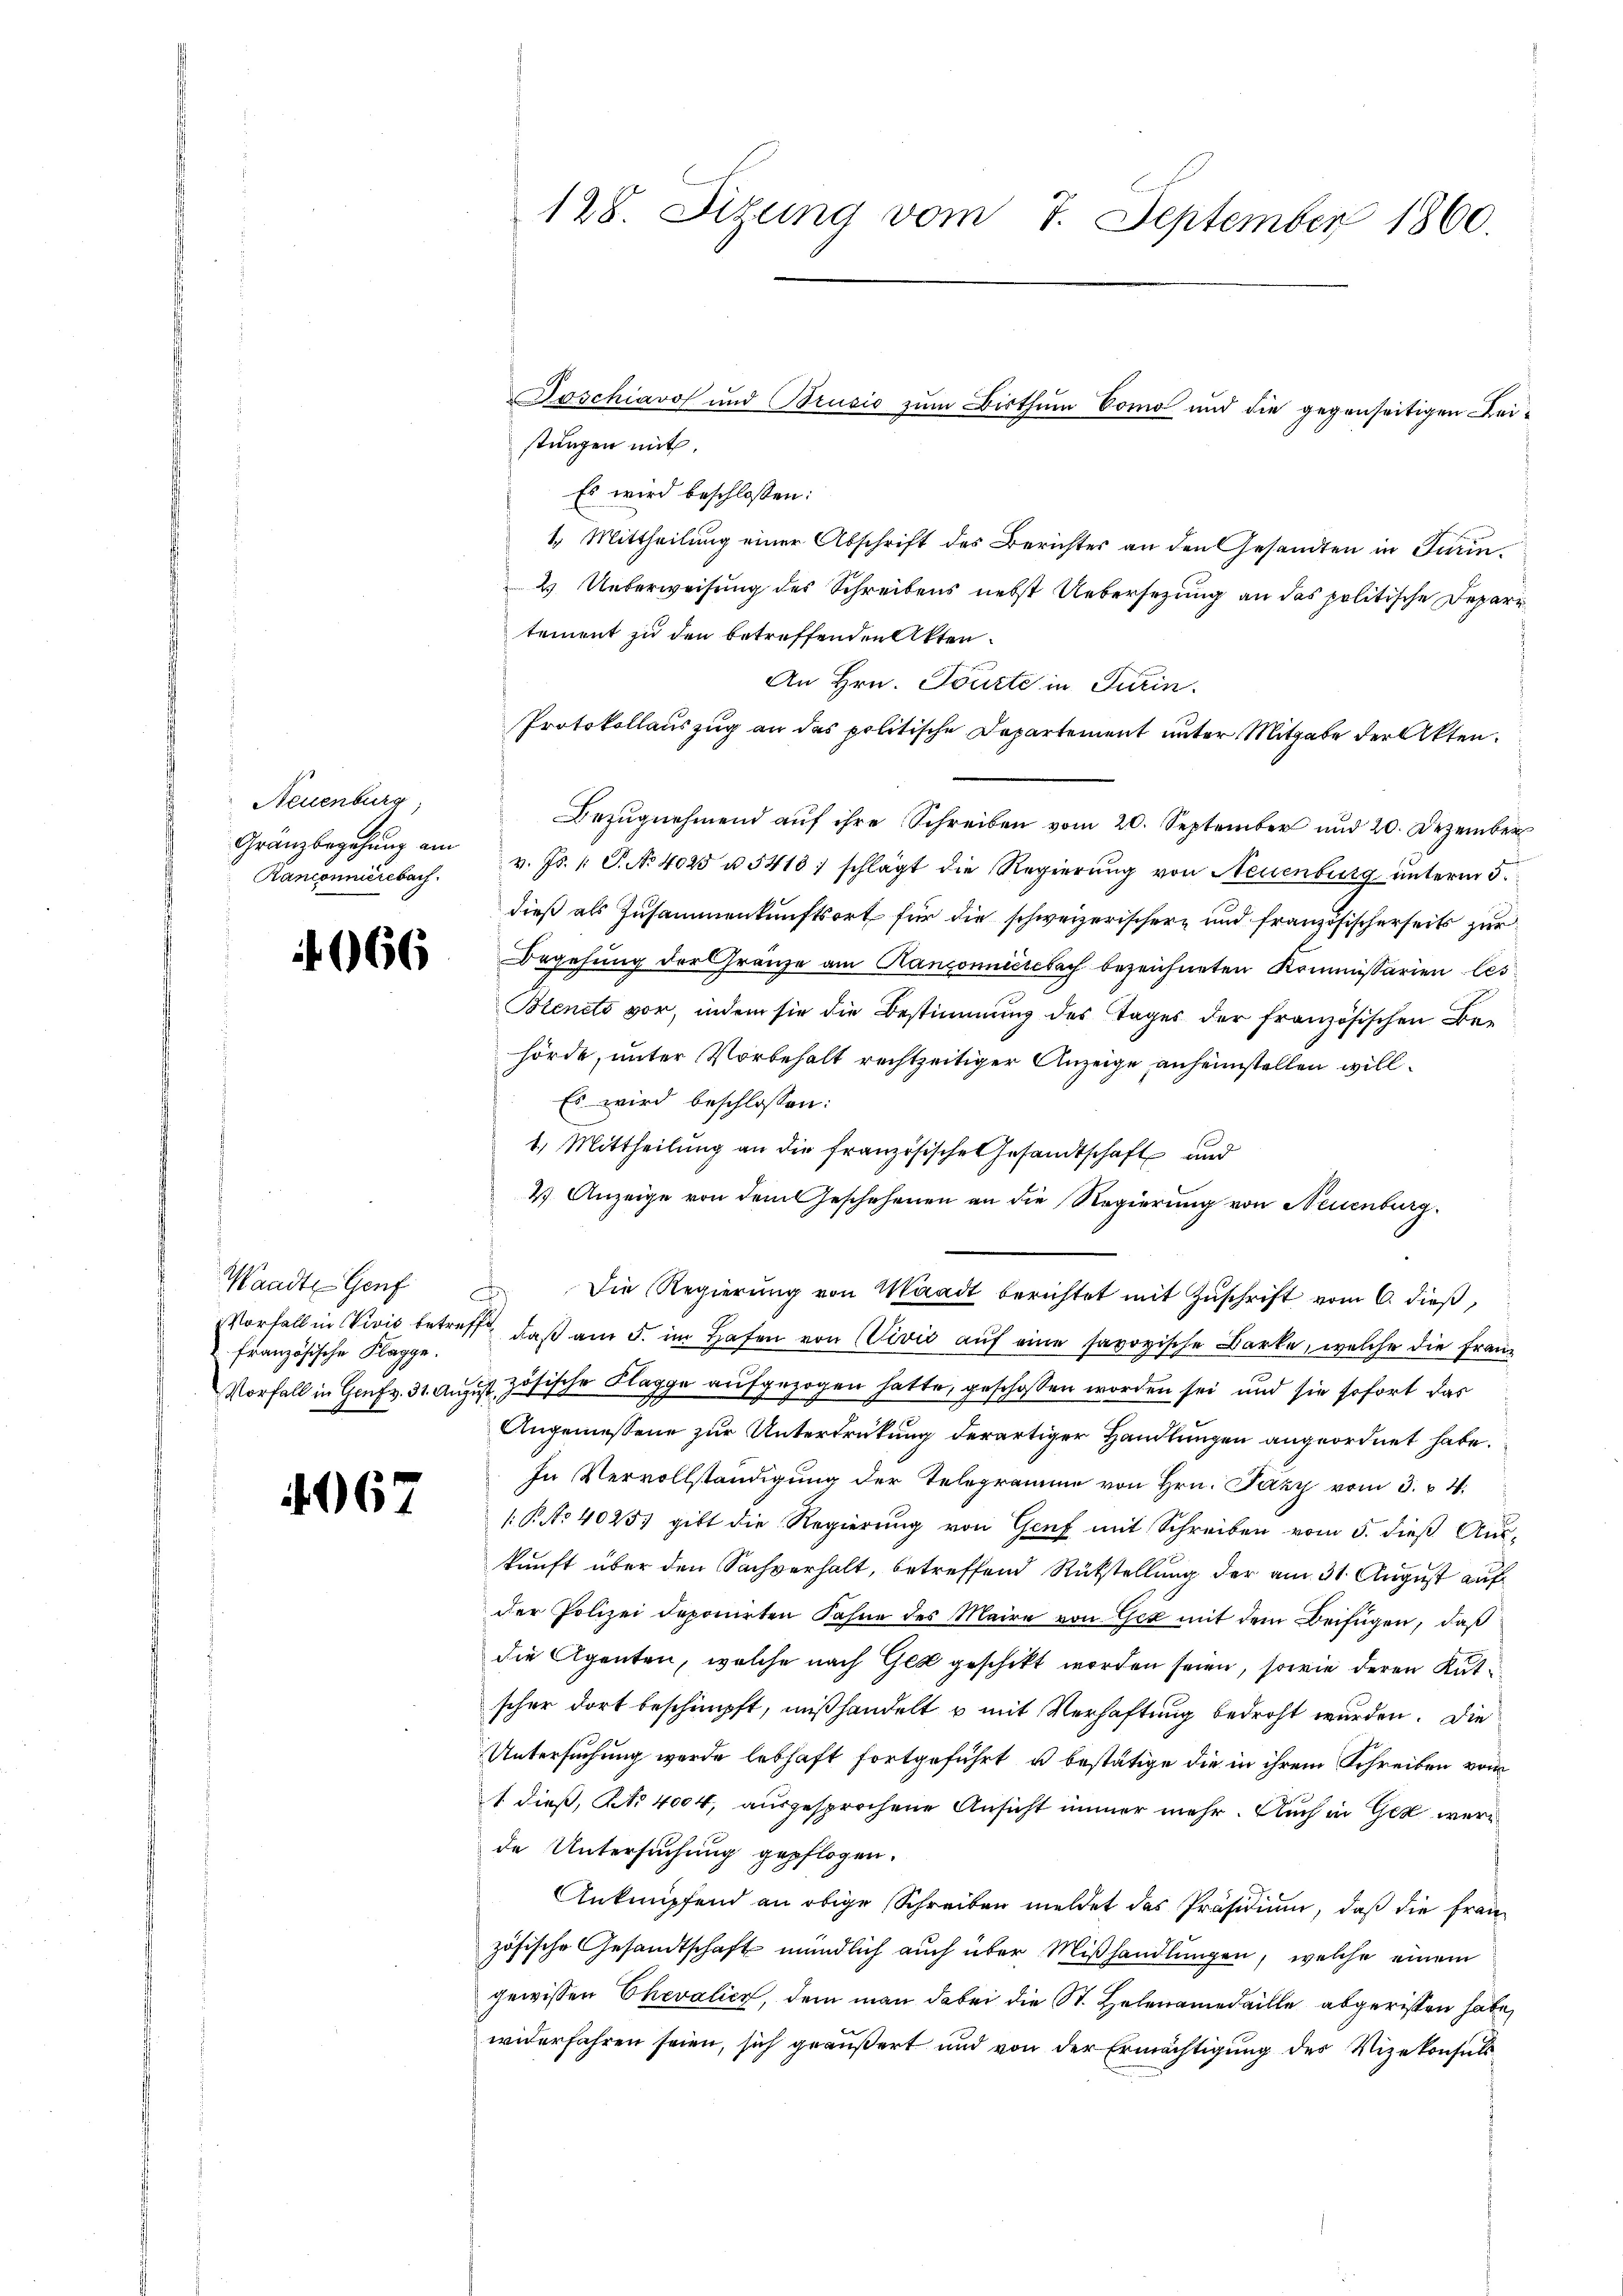
Neuenburg,
Gränzbegehung am
Ranconnierebach.

966

Waadt Genf
Vorfall in Vivis betreffe
französische Klagge.

067

stungen mit.
Es wird beschlossen:
4. Mittheilung einer Abschrift des Berichtes an den Gesandten in Turin¬
2 Ueberweisung des Schreibens nebst Uebersezung an das politische Deparr
tement zu den betreffenden Akten.
An Hrn. Tourte in Turin.
Protokollauszug an das politische Departement unter Mitgabe der Akten.
Bezugnehmend auf ihre Schreiben vom 20. September und 20. Dezember
v. Js. 1. P. No 4025 u. 5413; schlägt die Regierung von Neuenburg unterm 5.
dieß als Zusammenkunftsort für die schweizerischer und französischerseits zur
Begehung der Gränze am Kantonnicscbach bezeichneten Kommissarien les
Bienets vor, indem sie die Bestimmung des Tages der französischen Behörde, unter Vorbehalt rechtzeitiger Anzeige anheimstellen will¬
Es wird beschlossen:
1.) Mittheilung an die französische Gesandtschaft und
4) Anzeige von dem Geschehenen an die Regierung von Neuenburg.
Die Regierŭng von Waadt berichtet mit Zŭschrift vom 6. dieß,
daß am 5. im Hafen von (Vivić auf eine savoyische Barke, welche die Franz
Vorfall in Genf 31. August zösische Klagge aufgezogen hatte, geschossen worden sei und sie sofort das
Angemessene zur Unterdrückung derartiger Handlungen angeordnet habe.
In Vervollständigung der Telegramme von Hrn. Fazy vom 3. 4.
.P. No 4025, gibt die Regierŭng von Genf mit Schreiben vom 5. dieβ Aŭs-
kunft über den Sachverhalt, betreffend Rückstellung der am 31. August auf
der Polizei deponirten Fahne des Maire von Gez mit dem Beifügen, daß
die Agenten, welche nach Ged geschikt worden seien, sowie deren Kutscher dort beschimpft, mißhandelt u mit Verhaftung bedroht wurden. Die
Untersuchung werde lebhaft fortgeführt u bestätige die in ihrem Schreiben vom
1 dieß, No 4004, ausgesprochene Ansicht immer mehr. Auch in Ger werde Untersuchung gepflogen.
Anknüpfend an obige Schreiben meldet das Präsidium, daß die französische Gesandtschaft mündlich auch über Mißhandlungen, welche einem
gewissen Chevalicz, dem man dabei die St. Helenamedaille abgeristen habe,
widerfahren seien, sich geäußert und von der Ermächtigŭng des Vizekonsuls

128. Sizung vom 7. September 1860.

Joschiavo und Brusio zum Bisthum Como und die gegenseitigen Bei¬